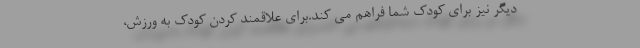
دیگر نیز برای کودک شما فراهم می کند.برای علاقمند کردن کودک به ورزش،